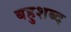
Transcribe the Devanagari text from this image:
बहुशब्द